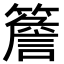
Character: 簷